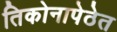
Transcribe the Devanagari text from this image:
तिकोनापेठेत